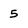
Character: 5